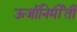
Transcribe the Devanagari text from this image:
ऊर्जानिर्मीती